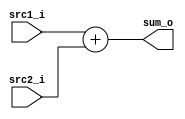
//Subject:     CO project 2 - Adder
//--------------------------------------------------------------------------------
//Version:     1
//--------------------------------------------------------------------------------
//Writer:      Luke
//----------------------------------------------
//Date:        
//----------------------------------------------
//Description: 
//--------------------------------------------------------------------------------

module Adder(
    src1_i,
	src2_i,
	sum_o
	);
     
//I/O ports
input  [31:0]  src1_i;
input  [31:0]	 src2_i;
output [31:0]	 sum_o;

//Internal Signals
wire    [31:0]	 sum_o;

assign sum_o = src1_i + src2_i;

endmodule